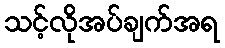
သင့်လိုအပ်ချက်အရ